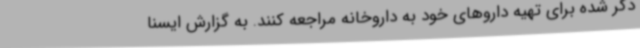
ذکر شده برای تهیه داروهای خود به داروخانه مراجعه کنند. به گزارش ایسنا